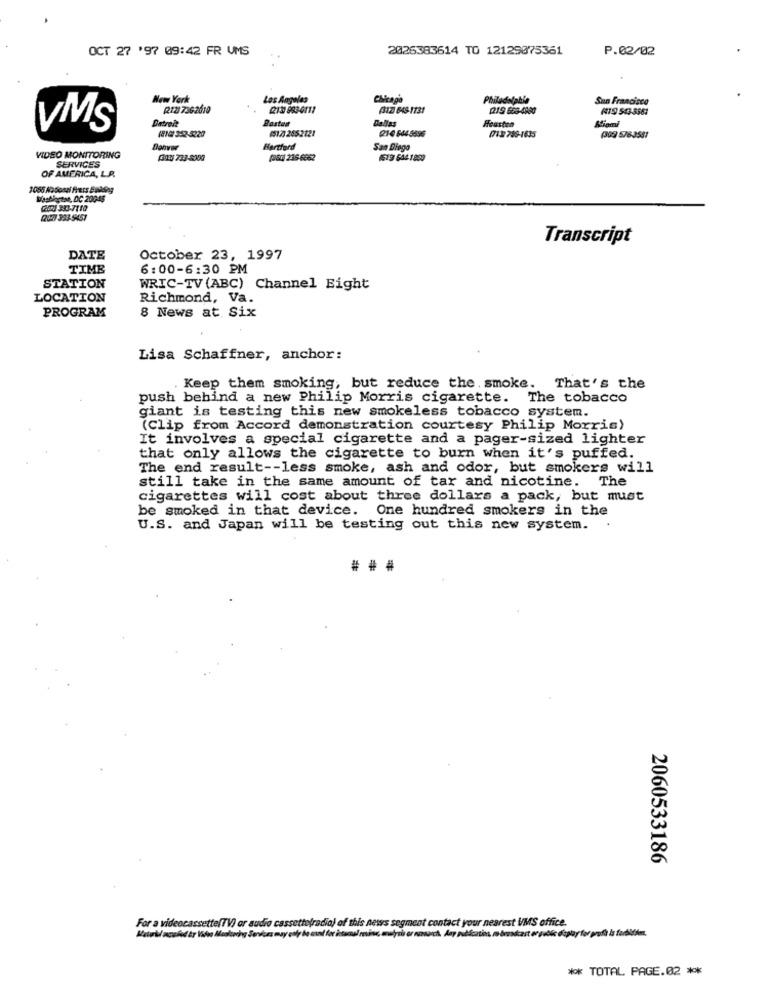
OCT 27 '97 09:42 FR UMS
2026383614 TO 12129075361
P.02/02
New York
Los Angeles
Chicapa
Philadelphia
San Francisco
R121 7362610
2131 893-6111
(312 648-1131
(219 668-4980
(19 543-3561
Detreit
Bastos
Dallas
Housten
VMS
(8101 352-5220
15123 2552121
216 644 9596
Miami
1713: 789-1635
(309) 5763581
Denver
Hartford
San Diego
VIDEO MONITORING
SERVICES
(32 733-5309
(960) 236-6862
4519 644 1889
OF AMERICA, L.P.
1055 Masondi Fiers Evading
Washington, DC 200-46
GORJ 333-7110
(262) 393-9451
Transcript
DATE
October 23, 1997
TIME
6:00-6:30 PM
STATION
WRIC-TV (ABC) Channel Eight
LOCATION
Richmond, Va.
PROGRAM
8 News at Six
Lisa Schaffner, anchor:
Keep them smoking, but reduce the. smoke. That's the
push behind a new Philip Morris cigarette.
The tobacco
giant is testing this new smokeless tobacco system.
(Clip from Accord demonstration courtesy Philip Morris)
It involves a special cigarette and a pager-sized lighter
that only allows the cigarette to burn when it's puffed.
The end result -- less smoke, ash and odor, but smokers will
still take in the same amount of tar and nicotine. The
cigarettes will cost about three dollars a pack, but must
be smoked in that device. One hundred smokers in the
U.S. and Japan will be testing out this new system. .
## #
2060533186
For a videocassette(TV) or audio cassette(radio) of this news segment contact your nearest VMS office.
** TOTAL PAGE.02 **